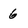
Character: 6